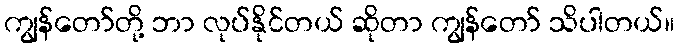
ကျွန်တော်တို့ ဘာ လုပ်နိုင်တယ် ဆိုတာ ကျွန်တော် သိပါတယ်။